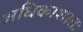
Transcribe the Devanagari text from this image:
अधिकांशातः